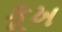
કૂખ